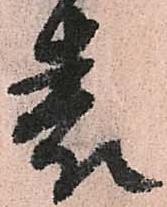
表